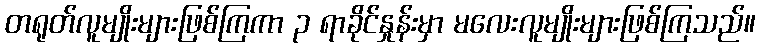
တရုတ်လူမျိုးများဖြစ်ကြကာ ၃ ရာခိုင်နှုန်းမှာ မလေးလူမျိုးများဖြစ်ကြသည်။